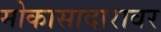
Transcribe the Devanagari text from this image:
मोकासादारावर